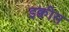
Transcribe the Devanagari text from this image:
इक्वीस